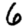
Digit: 6